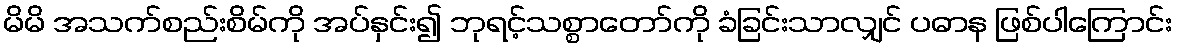
မိမိ အသက်စည်းစိမ်ကို အပ်နှင်း၍ ဘုရင့်သစ္စာတော်ကို ခံခြင်းသာလျှင် ပဓာန ဖြစ်ပါကြောင်း